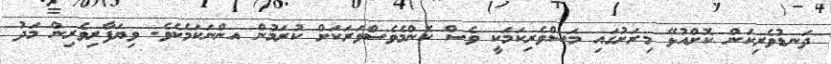
ދަނޑުވެރިކަން ކޮށްއުޅޭ މިރަށުގައި މަސްވެރިކަމަކީ ވެސް ކޮންމެވެސްވަރަކަށް ކުރަމުން އންނަކަމެކެވެ. ވިޔަފާރިވެރިން މަދު